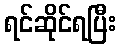
ရင်ဆိုင်ရပြီး